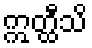
ဣတ္ထီသိ